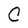
Character: C